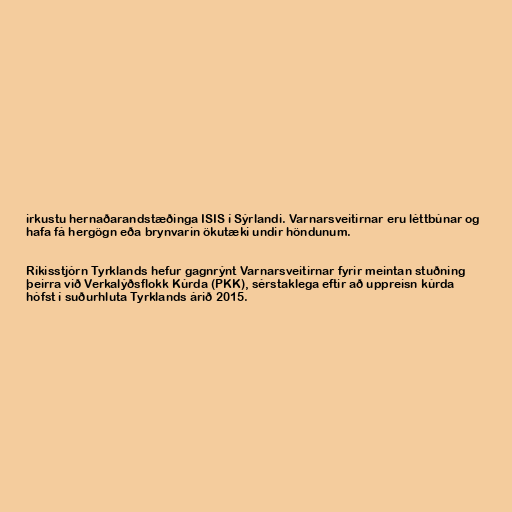
irkustu hernaðarandstæðinga ISIS í Sýrlandi. Varnarsveitirnar eru léttbúnar og
hafa fá hergögn eða brynvarin ökutæki undir höndunum.

Ríkisstjórn Tyrklands hefur gagnrýnt Varnarsveitirnar fyrir meintan stuðning
þeirra við Verkalýðsflokk Kúrda (PKK), sérstaklega eftir að uppreisn kúrda
hófst í suðurhluta Tyrklands árið 2015.